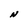
Character: N